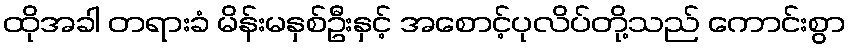
ထိုအခါ တရားခံ မိန်းမနှစ်ဦးနှင့် အစောင့်ပုလိပ်တို့သည် ကောင်းစွာ